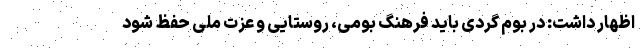
اظهار داشت: در بوم گردی باید فرهنگ بومی، روستایی و عزت ملی حفظ شود